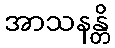
အာသနန္တိ